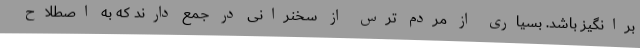
برانگیز باشد. بسیاری از مردم ترس از سخنرانی در جمع دارند که به اصطلاح